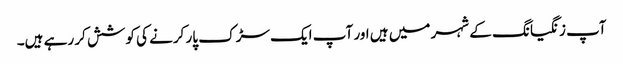
آپ زنگیانگ کے شہر میں ہیں اور آپ ایک سڑک پار کرنے کی کوشش کر رہے ہیں۔